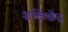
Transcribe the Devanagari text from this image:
शक्तिकेंद्र